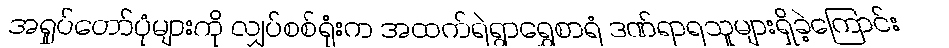
အရှုပ်တော်ပုံများကို လျှပ်စစ်ရုံးက အထက်ရဲရွာရွှေစာရံ ဒဏ်ရာရသူများရှိခဲ့ကြောင်း